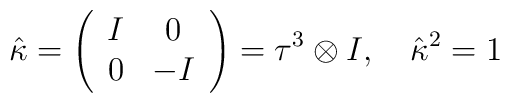
\hat{\kappa}=\left(\begin{array}{cc}I&0\\0&-I\end{array}\right)=\tau^3\otimes I, \quad \hat{\kappa}{}^2=1